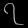
Digit: ၇